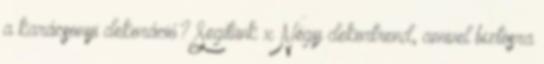
a karácsonyi dekoráció? Segítünk x Négy dekortrend, amivel biztosra